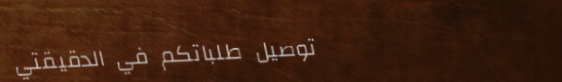
توصيل طلباتكم في الدقيقتي